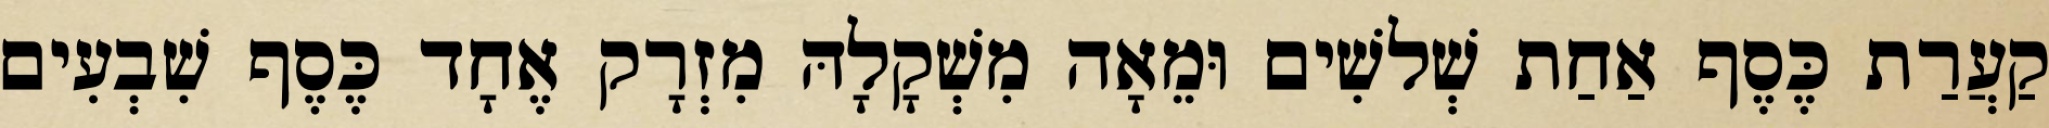
קַעֲרַת כֶּסֶף אַחַת שְׁלשִׁים וּמֵאָה מִשְׁקָלָהּ מִזְרָק אֶחָד כֶּסֶף שִׁבְעִים